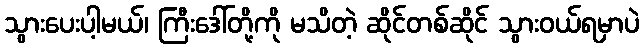
သွားပေးပါ့မယ်၊ ကြီးဒေါ်တို့ကို မသိတဲ့ ဆိုင်တစ်ဆိုင် သွားဝယ်ရမှာပဲ